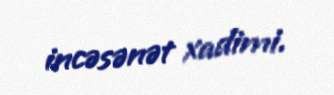
incəsənət xadimi.